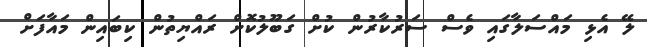
ލޭ އެޅި މައްސަލާގައި ވެސް ސަރުކާރުން ކުށް ގަބޫލުކޮށް ރައްޔިތުން ކިބައިން މައާފަށް